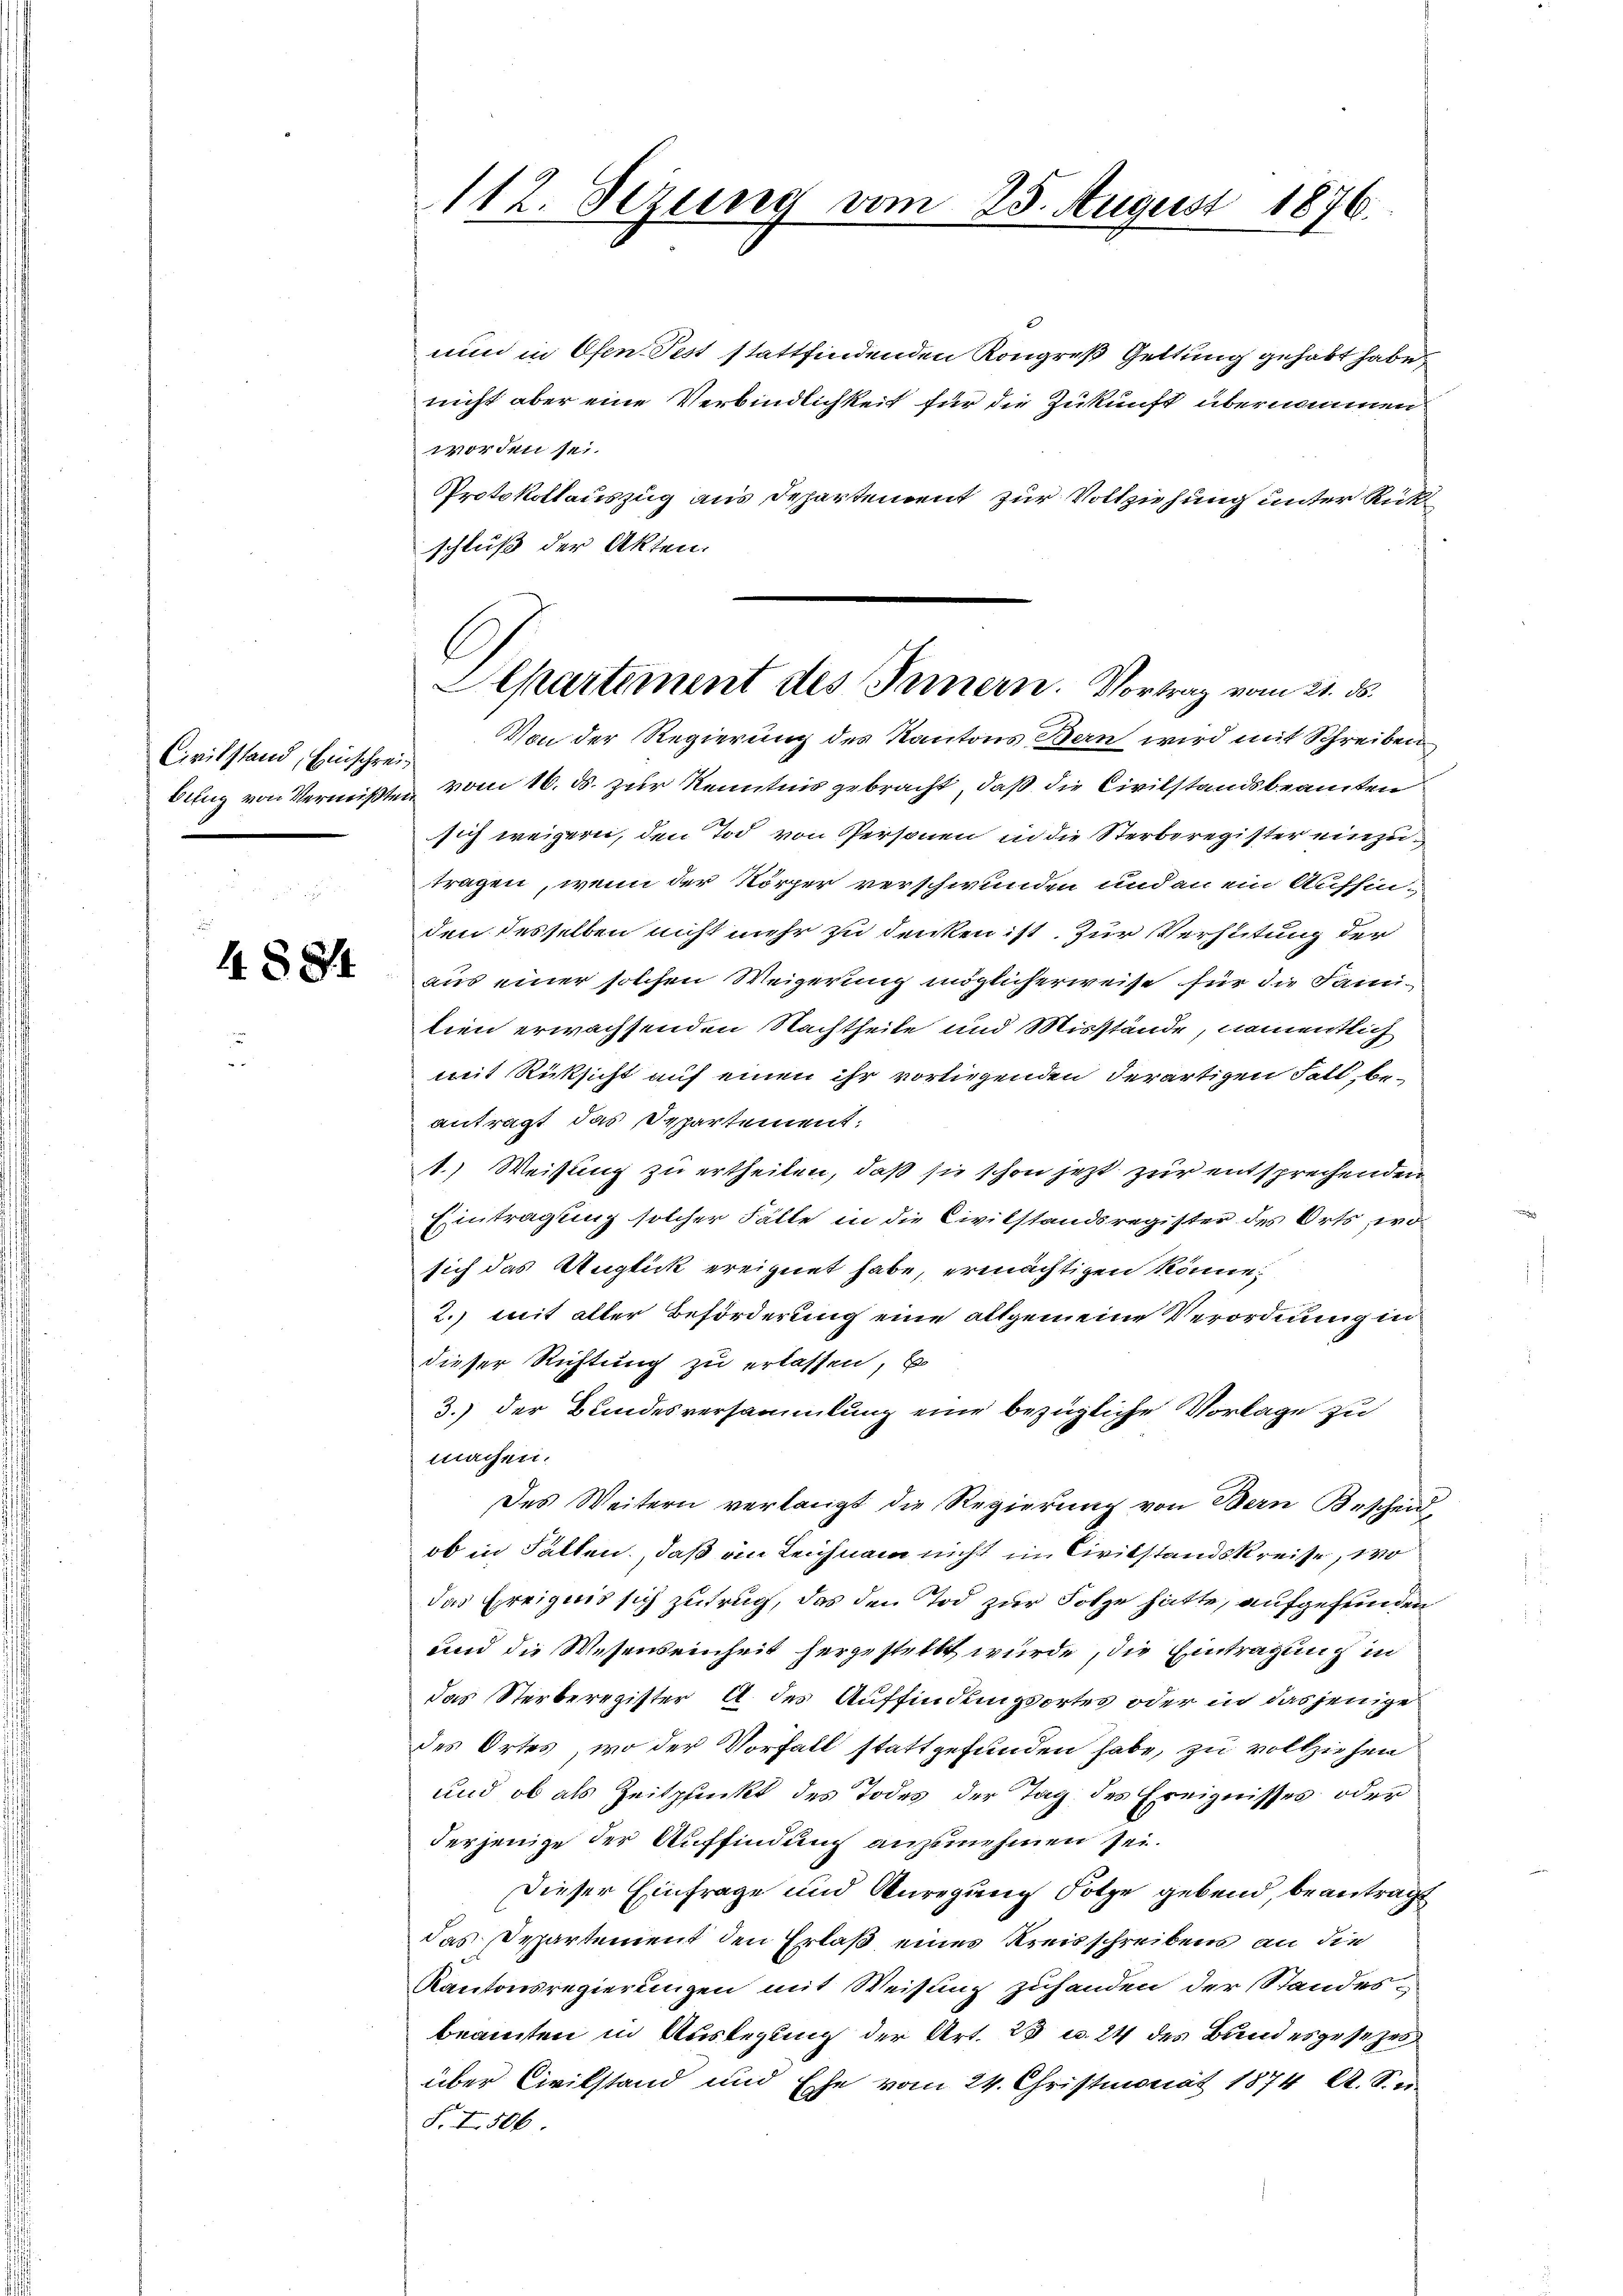
Civilstand, Einschrei¬

4884

nun in Ofen Pest stattfindenden Kongreß Geltung gehabt habe,
nicht aber eine Verbindlichkeit für die Zukunft übernommen
worden sei.
Protokollauszug aus Departement zur Vollziehung unter Rückschluß der Akten.
Von der Regierung des Kantons Bern wird mit Schreiben
bung von Vermißten vom 16. ds. zur Kenntnis gebracht, daß die Civilstandsbeamten
sich weigern, den Tod von Personen in die Sterberegister einzutragen, wenn der Körper verschwunden und an ein Aufsin-
den desselben nicht mehr zu denken ist. Zur Verhütung der
aus einer solchen Weigerung möglicherweise für die Famitien erwachsenden Nachtheile und Missstände, namentlich
mit Rücksicht auf einen ihr vorliegenden derartigen Fall, beantragt das Departement:
1.) Weisung zu ertheilen, daß sie schon jetzt zur entsprechenden
Eintragung solcher Falle in die Civilstandsregister des Orts, wo
sich das Auglick ereignet habe, ermächtigen könne,
2.) mit aller Beförderung eine allgemeine Verordnung in
dieser Richtung zu erlassen, E
3.) der Bundesversammlung eine bezügliche Vorlage zu
machen.
Des Weitern verlangt die Regierung von Bern Bescheid,
ob in Falten, daß an Leichnam nicht im Civilstandskreise, wo
das Ereignis sich zutrug, das den Tod zur Folge hätte, aufgefunden
und die Wesenseinheit hergestellt wurde, die Eintragung in
das Sterberegister A. des Auffindungsortes oder in dasjenige
des Ortes, wo der Vorfall stattgefunden habe, zu vollziehen
und ob als Zeitpunkt des Todes der Tag des Ereignisses oder
derjenige der Auffindung anzunehmen sei.
Dieser Einfrage und Anregung Folge gebend, beantragt
das Departement den Erlaß eines Kreisschreibens an die
Kantonsregierungen mit Weisung zuhanden der Standes-
beamten in Auslegung der Art. 23 u. 24 des Bundesgesezes
über Civilstand und Ehe vom 24. Christmonat 1874 A. S.
F. I 506

112. Sezung vom 25. August 1876.

Separtement des Innern. Vortrag vom 21. ds.